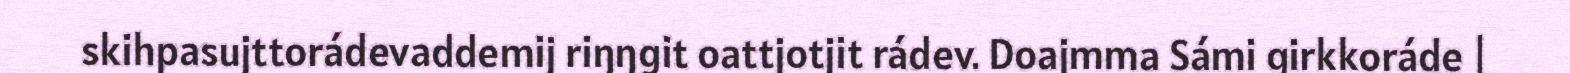
skihpasujttorádevaddemij riŋŋgit oattjotjit rádev. Doajmma Sámi girkkoráde |